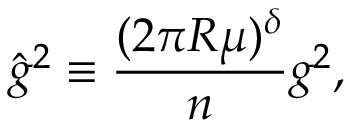
\hat { g } ^ { 2 } \equiv \frac { ( 2 \pi R \mu ) ^ { \delta } } { n } g ^ { 2 } ,